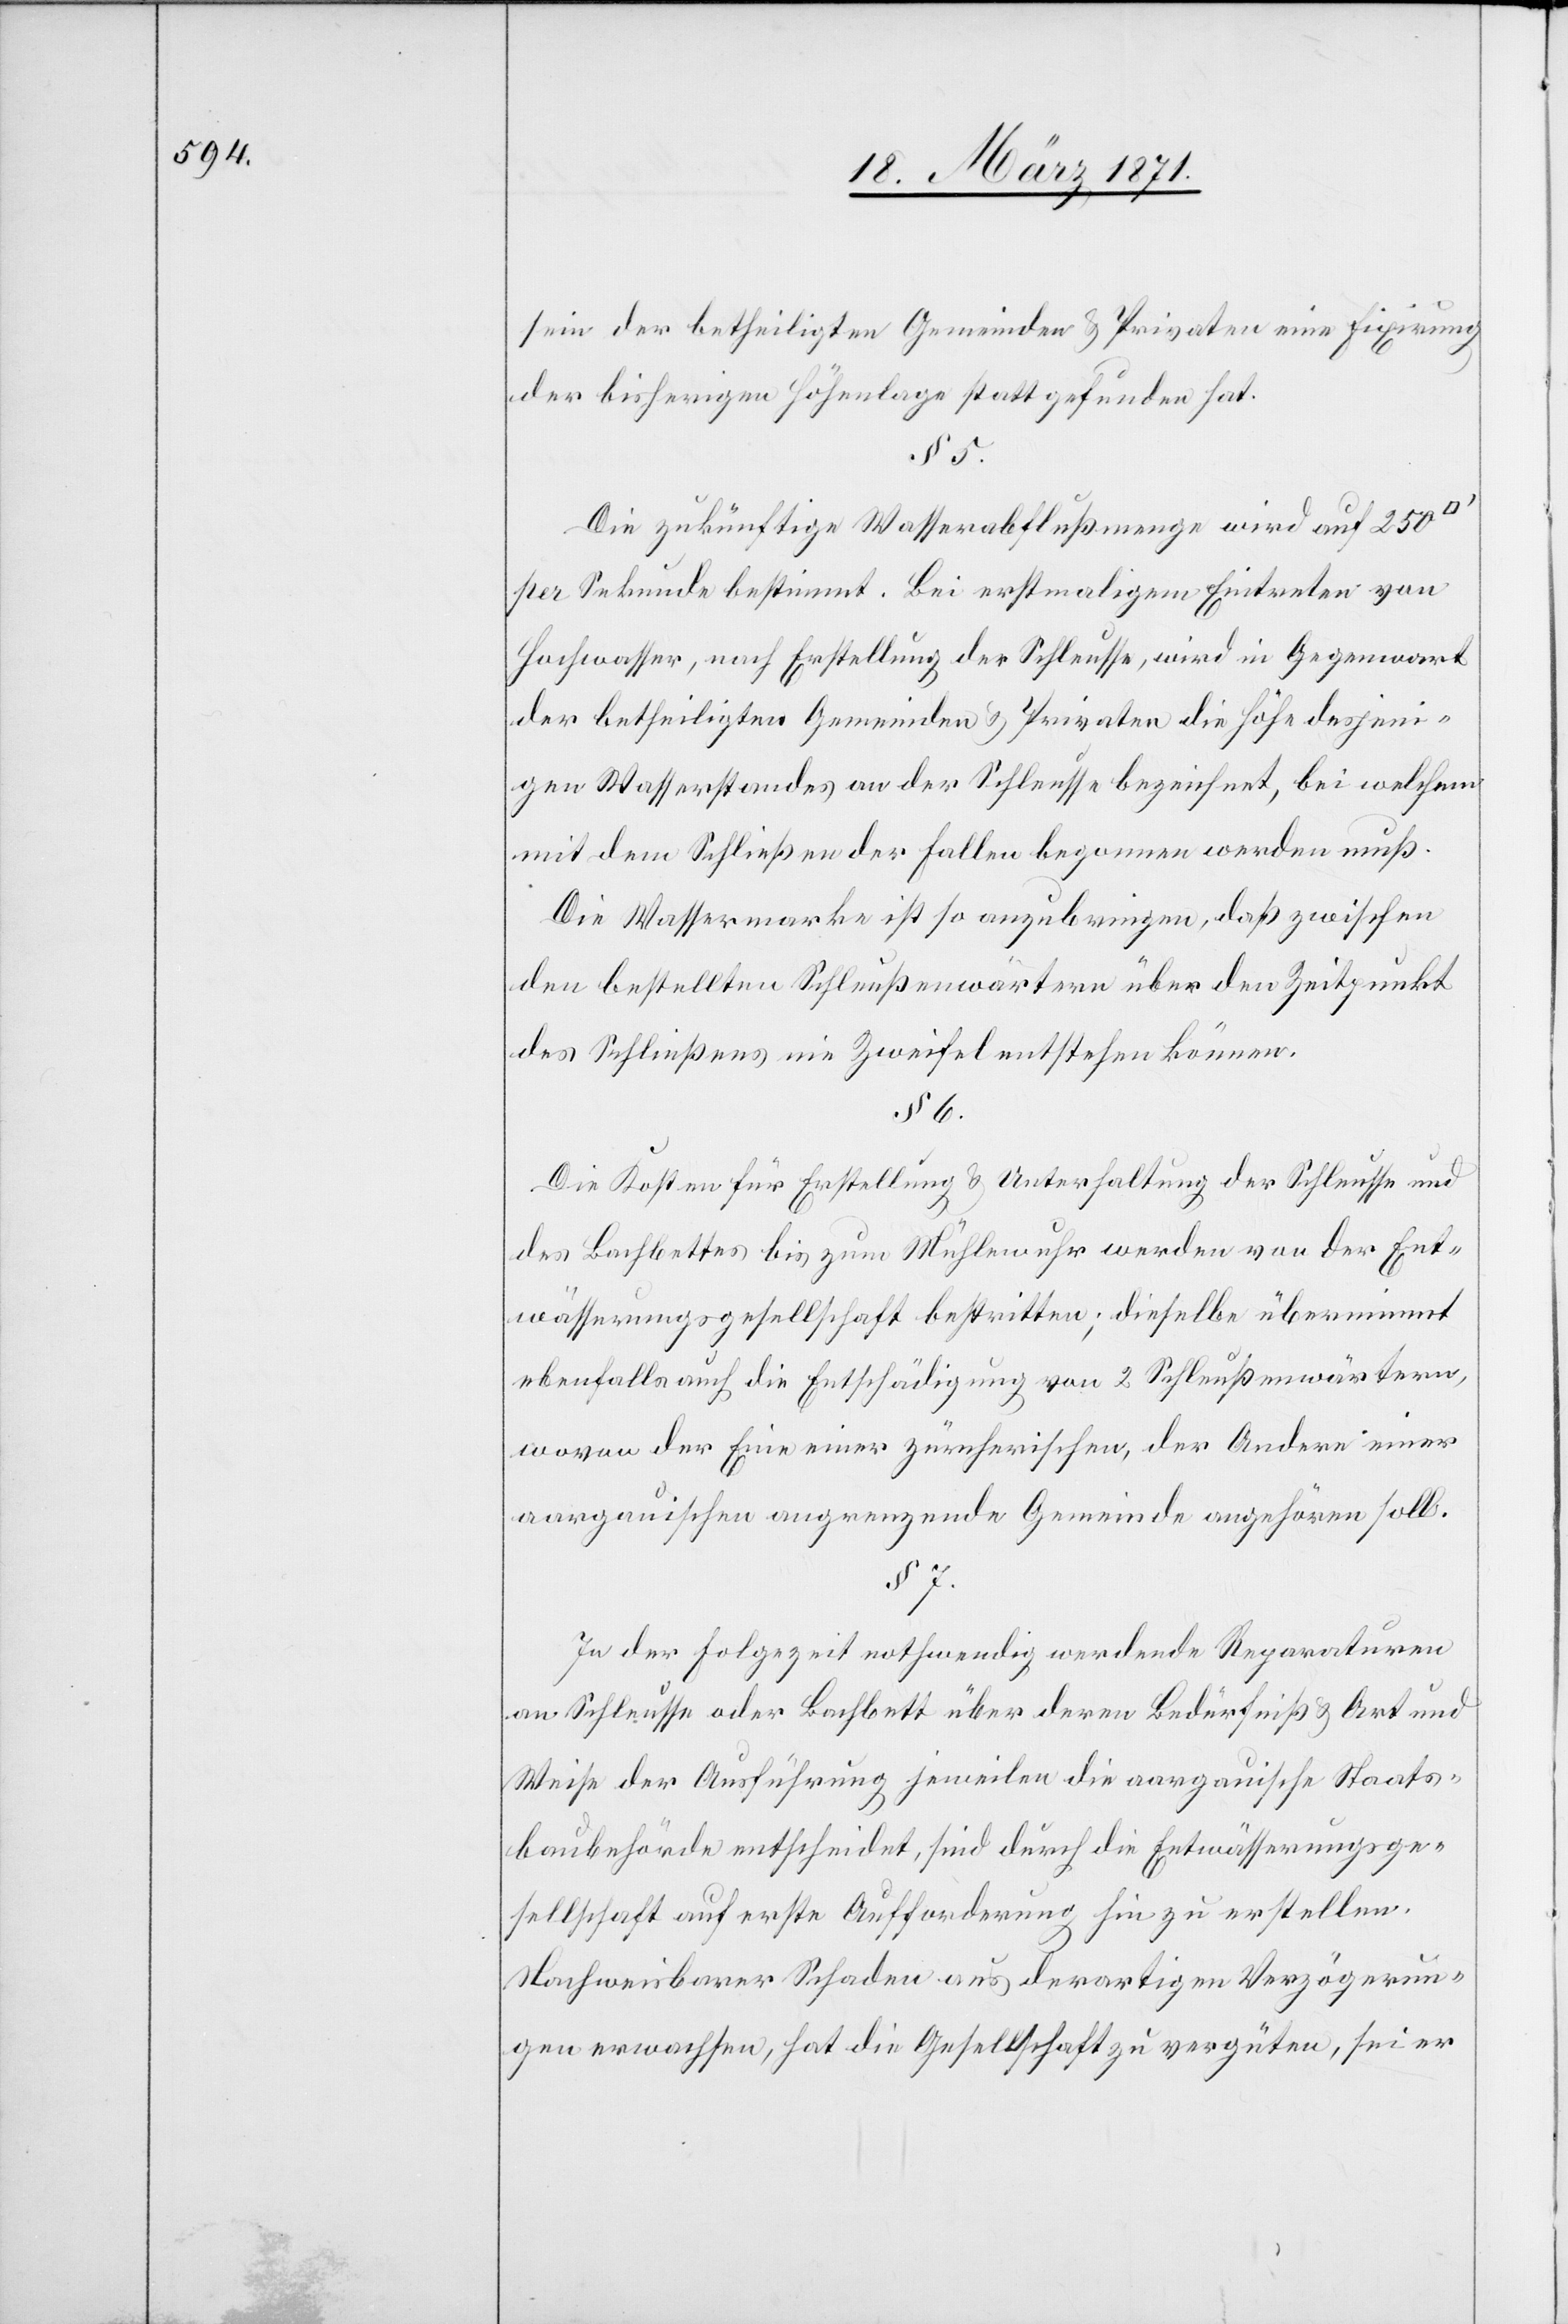
sein der betheiligten Gemeinden u. Privaten eine Fixirung
der bisherigen Höhenlage stattgefunden hat.
Die zukünftige Wasserabflußmenge wird auf 250
per Sekunde bestimmt. Bei erstmaligem Eintreten von
Hochwasser, nach Erstellung der Schleusse, wird in Gegenwart
der betheiligten Gemeinden u. Privaten die Höhe desjeni¬
gen Wasserstandes an der Schleusse bezeichnet, bei welchem
mit dem Schließen der Fallen begonnen werden muß.
Die Wassermarke ist so anzubringen, daß zwischen
den bestellten Schleußenwärtern über den Zeitpunkt
des Schließens nie Zweifel entstehen können.
Die Kosten für Erstellung u. Unterhaltung der Schleusse und
des Bachbettes bis zum Mühlewuhr werden von der Ent¬
wässerungsgesellschaft bestritten; dieselbe übernimmt
ebenfalls auch die Entschädigung von 2 Schleußenwärtern,
wovon der Eine einer zürcherischen, der Andere einer
aargauischen angrenzende Gemeinde angehören soll.
In der Folgezeit nothwendig werdende Reparaturen
an Schleusse oder Bachbett über deren Bedürfniß u. Art und
Weise der Ausführung jeweilen die aargauische Staats¬
baubehörde entscheidet, sind durch die Entwässerungsge¬
sellschaft auf erste Aufforderung hin zu erstellen.
Nachweisbarer Schaden aus derartigen Verzögerun¬
gen erwachsen, hat die Gesellschaft zu vergüten, sei er